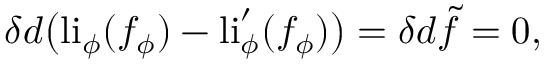
\delta d \big ( \mathrm { l i } _ { \phi } ( f _ { \phi } ) - \mathrm { l i } _ { \phi } ^ { \prime } ( f _ { \phi } ) \big ) = \delta d \tilde { f } = 0 ,